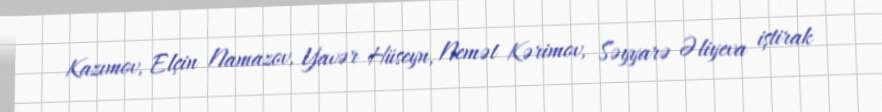
Kazımov, Elçin Namazov, Yavər Hüseyn, Nemət Kərimov, Səyyarə Əliyeva iştirak